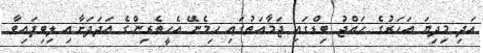
އަދި މިދިޔަ އަހަރުގެ ހައްޖު ބިޑްގައި ޖަމާއަތުގައި ހިމެނޭ އެހީތެރިންގެ އަދަދަށާއި ލިބިފައިވާ